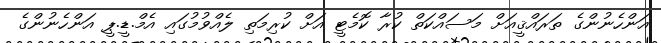
އަންހެނުންގެ ތަރައްޤީއަށް މަސައްކަތް ކުރާ ކޮމެޓީ އަށް ކުރިމަތި ލެއްވުމުގައި އެމް.ޑީ.ޕީ އަންހެނުންގެ